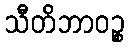
သီတိဘာဝဉ္စ